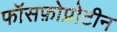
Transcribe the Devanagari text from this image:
फॉसफ़ोप्रोटीन